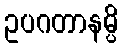
ဥပဂတာနမ္ပိ